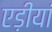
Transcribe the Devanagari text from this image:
एड़ीयां